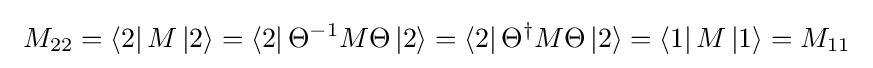
\ M_{22}=\left\langle 2\right|M\left|2\right\rangle =\left\langle 2\right|\Theta ^{-1}M\Theta \left|2\right\rangle =\left\langle 2\right|\Theta ^{\dagger }M\Theta \left|2\right\rangle =\left\langle 1\right|M\left|1\right\rangle =M_{11}\